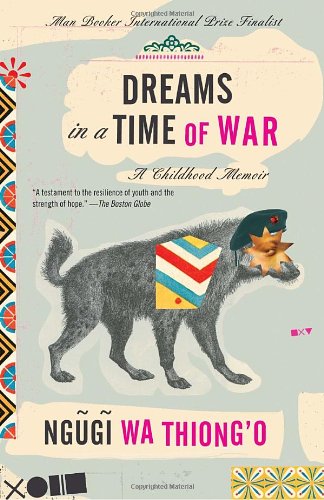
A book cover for Dreams in a Time of War: A Childhood Memoir; Ngugi wa Thiong'o; Literature & Fiction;